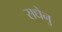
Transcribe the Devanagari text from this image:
सधेनु